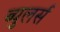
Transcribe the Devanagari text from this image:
ब्युलर्स